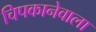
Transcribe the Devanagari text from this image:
चिपकानेवाला